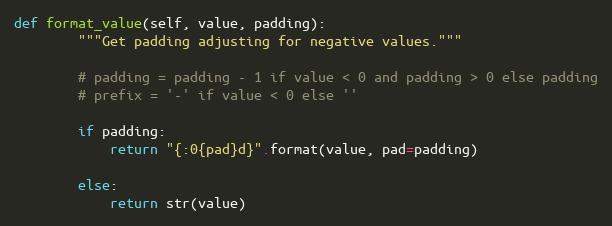
Language: Python
def format_value(self, value, padding):
        """Get padding adjusting for negative values."""

        # padding = padding - 1 if value < 0 and padding > 0 else padding
        # prefix = '-' if value < 0 else ''

        if padding:
            return "{:0{pad}d}".format(value, pad=padding)

        else:
            return str(value)